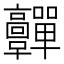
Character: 䯬